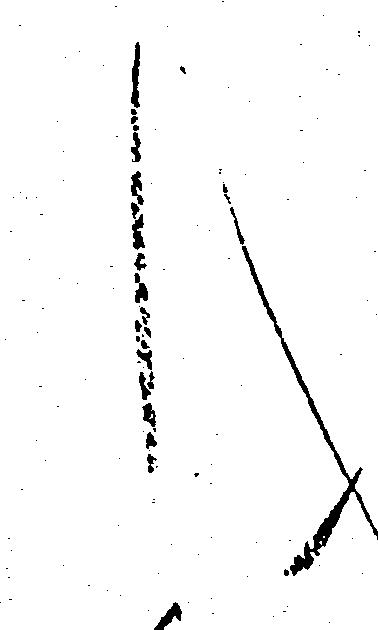
く